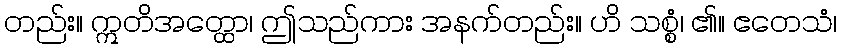
တည်း။ ဣတိအတ္ထော၊ ဤသည်ကား အနက်တည်း။ ဟိ သစ္စံ၊ ၏။ ဧတေသံ၊